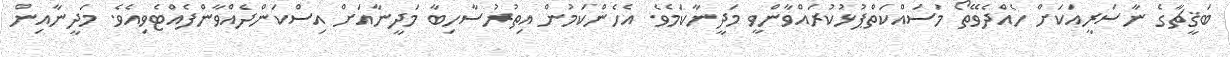
ބަޤީޗާގެ ނާސަރީއަކަށް ހެއްދެވޭތޯ މަސައްކަތްޕުޅުކުރައްވާންވީ މަދީނާކަމެވެ. އެހެންކަމުން އިތުރުސާހިބާ މަދީނާއަށް އިސްކަންދެއްވާންފެއްޓެވިއެވެ. މަދީނާއިން